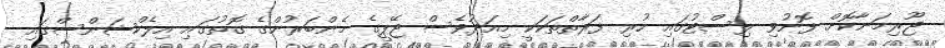
ޖޫރިމަނާކޮށް ފޮނުވި ލިސްޓުގައި ހުރި ފަރާތްތަކަކީ މިއަދުވެސް ޖޭޕީގެ މެންބަރުންގެ ގޮތުގައި އިލެކްޝަންސްގައި